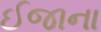
ઈજાના